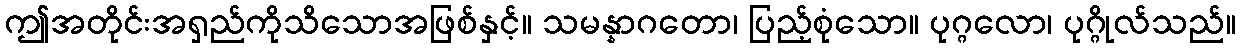
ဤအတိုင်းအရှည်ကိုသိသောအဖြစ်နှင့်။ သမန္နာဂတော၊ ပြည့်စုံသော။ ပုဂ္ဂလော၊ ပုဂ္ဂိုလ်သည်။